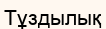
Тұздылық